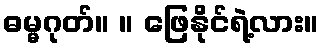
ဓမ္မဂုတ်။ ။ ဖြေနိုင်ရဲ့လား။